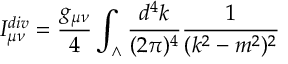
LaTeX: I _ { \mu \nu } ^ { d i v } = { \frac { g _ { \mu \nu } } { 4 } } \int _ { \wedge } { \frac { d ^ { 4 } k } { ( 2 \pi ) ^ { 4 } } } { \frac { 1 } { ( k ^ { 2 } - m ^ { 2 } ) ^ { 2 } } }